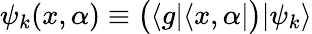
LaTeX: \psi_{k}(x,\alpha)\equiv\big(\langle g|\langle x,\alpha|\big)|\psi_{k}\rangle